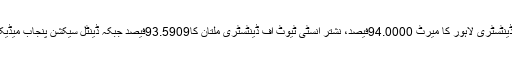
بی ڈی ایس کیلئے ڈی مونٹ مورنسی کالج آف ڈینٹسٹری لاہور کا میرٹ 94.0000فیصد، نشتر انسٹی ٹیوٹ آف ڈینٹسٹری ملتان کا93.5909فیصد جبکہ ڈینٹل سیکشن پنجاب میڈیکل کالج فیصل آباد کا میرٹ93.5000فیصدرہا۔